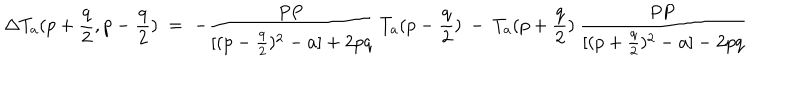
\Delta T _ { a } ( p + \frac { q } { 2 } , p - \frac { q } { 2 } ) \; = \; - \frac { \mathrm { P P } } { [ ( p - \frac { q } { 2 } ) ^ { 2 } - a ] + 2 p q } \: T _ { a } ( p - \frac { q } { 2 } ) \: - \: T _ { a } ( p + \frac { q } { 2 } ) \: \frac { \mathrm { P P } } { [ ( p + \frac { q } { 2 } ) ^ { 2 } - a ] - 2 p q }